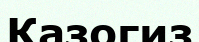
Казогиз